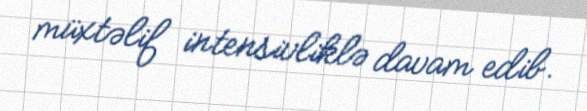
müxtəlif intensivliklə davam edib.